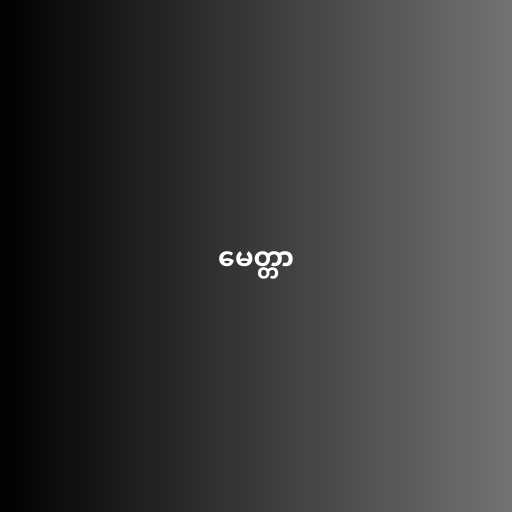
မေတ္တာ